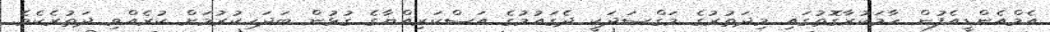
އެމްއެންޑީއެފުން ހާމަކުރާގޮތުގައި މިދަތުރުގެ މަގްސަދަކީ ދެގައުމުގެ އަސްކަރިއްޔާގެ ގުޅުން ބަދަހިކުރުމަށް ކުރެއްވި ދަތުރެކެވެ.